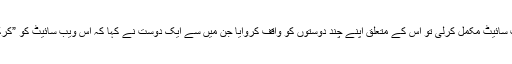
انہوں نے فیس بک کو متعارف کرنے کی ابتدائی کوششوں کے حوالے سے کہا کہ جب مارک نے ویب سائیٹ مکمل کرلی تو اس کے متعلق اپنے چند دوستوں کو واقف کروایا جن میں سے ایک دوست نے کہا کہ اس ویب سائیٹ کو ”کرک لینڈ ہاؤس” کی آن لائین میلنگ فہرست میں شامل کیا جانا چاہئے کیونکہ وہاں 300 افراد موجود ہیں۔